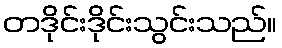
တဒိုင်းဒိုင်းသွင်းသည်။